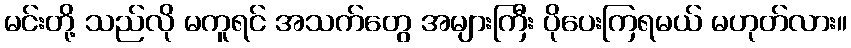
မင်းတို့ သည်လို မကူရင် အသက်တွေ အများကြီး ပိုပေးကြရမယ် မဟုတ်လား။